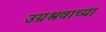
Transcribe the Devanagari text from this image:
उग्रश्रवाच्या